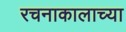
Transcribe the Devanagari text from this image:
रचनाकालाच्या